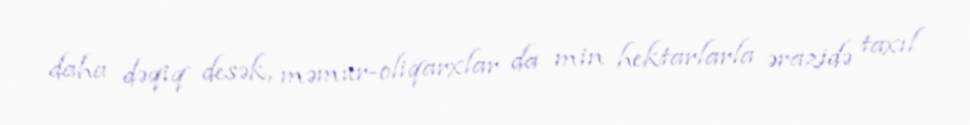
daha dəqiq desək, məmur-oliqarxlar da min hektarlarla ərazidə taxıl